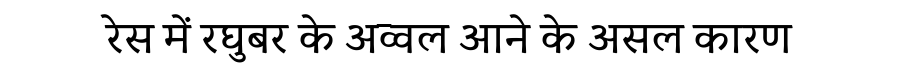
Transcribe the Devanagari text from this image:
रेस में रघुबर के अव्वल आने के असल कारण